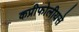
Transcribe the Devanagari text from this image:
कप्रीफोलीयसे